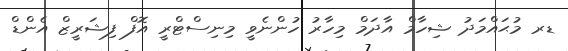
ޑރ މުޙައްމަދު ޝިހާމް އާދަމް މިހާރު ހުންނެވީ މިނިސްޓްރީ އޮފް ފިޝަރީޒް އެންޑް